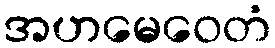
အဟမေဝေတံ